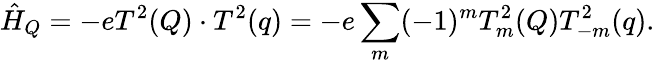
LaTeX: {\hat{H}}_{Q}=-eT^{2}(Q)\cdot T^{2}(q)=-e\sum_{m}(-1)^{m}T_{m}^{2}(Q)T_{-m}^{2}(q).